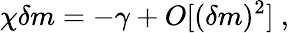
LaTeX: \chi\delta m=-\gamma+O[(\delta m)^{2}]\ ,